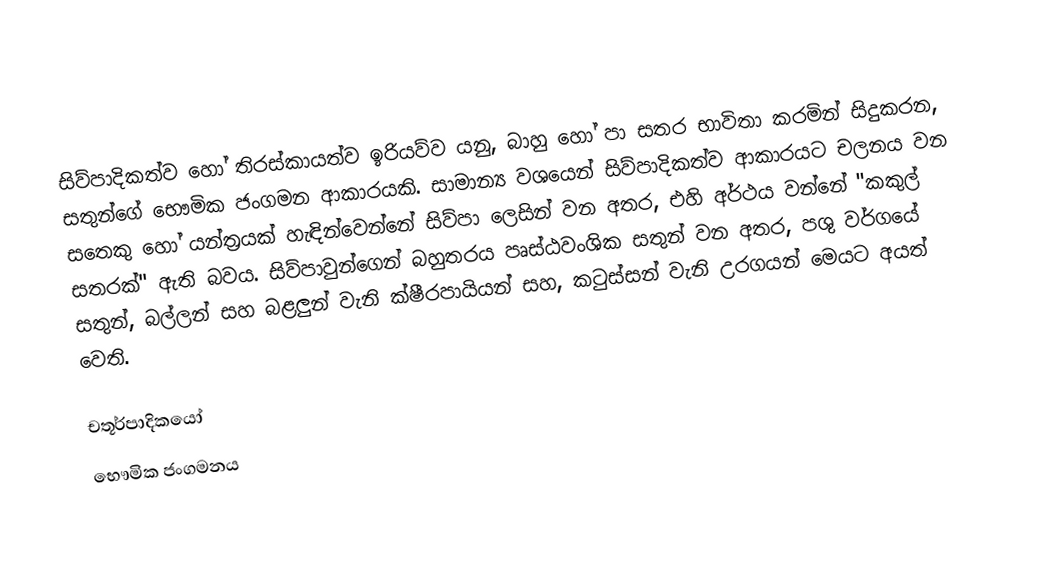
සිව්පාදිකත්ව හෝ තිරස්කායත්ව ඉරියව්ව යනු, බාහු හෝ පා සතර භාවිතා කරමින් සිදුකරන, සතුන්ගේ භෞමික ජංගමන  ආකාරයකි. සාමාන්‍ය වශයෙන්  සිව්පාදිකත්ව ආකාරයට චලනය වන සතෙකු හෝ යන්ත්‍රයක් හැඳින්වෙන්නේ  සිව්පා ලෙසින් වන අතර, එහි අර්ථය වන්නේ  "කකුල් සතරක්" ඇති බවය. සිව්පාවුන්ගෙන් බහුතරය පෘස්ඨවංශික සතුන් වන අතර, පශු වර්ගයේ සතුන්, බල්ලන් සහ බළලුන් වැනි ක්ෂීරපායියන් සහ, කටුස්සන් වැනි  උරගයන් මෙයට අයත් වෙති.

චතූර්පාදිකයෝ
භෞමික ජංගමනය